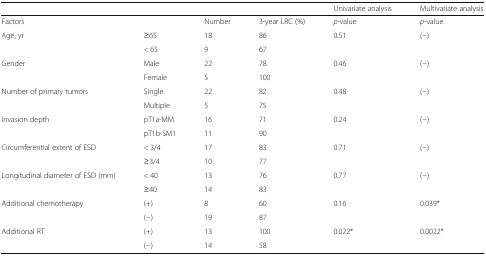
<table><thead><tr><td></td><td></td><td></td><td></td><td><b>Univariate analysis</b></td><td><b>Multivariate analysis</b></td></tr></thead><tbody><tr><td>Factors</td><td></td><td>Number</td><td>3-year LRC (%)</td><td><i>p-</i>value</td><td><i>p-</i>value</td></tr><tr><td rowspan="2">Age, yr</td><td>≥65</td><td>18</td><td>86</td><td>0.51</td><td>(−)</td></tr><tr><td>&lt; 65</td><td>9</td><td>67</td><td></td><td></td></tr><tr><td rowspan="2">Gender</td><td>Male</td><td>22</td><td>78</td><td>0.46</td><td>(−)</td></tr><tr><td>Female</td><td>5</td><td>100</td><td></td><td></td></tr><tr><td rowspan="2">Number of primary tumors</td><td>Single</td><td>22</td><td>82</td><td>0.48</td><td>(−)</td></tr><tr><td>Multiple</td><td>5</td><td>75</td><td></td><td></td></tr><tr><td rowspan="2">Invasion depth</td><td>pT1a-MM</td><td>16</td><td>71</td><td>0.24</td><td>(−)</td></tr><tr><td>pT1b-SM1</td><td>11</td><td>90</td><td></td><td></td></tr><tr><td rowspan="2">Circumferential extent of ESD</td><td>&lt; 3/4</td><td>17</td><td>83</td><td>0.71</td><td>(−)</td></tr><tr><td>≥3/4</td><td>10</td><td>77</td><td></td><td></td></tr><tr><td rowspan="2">Longitudinal diameter of ESD (mm)</td><td>&lt; 40</td><td>13</td><td>76</td><td>0.77</td><td>(−)</td></tr><tr><td>≥40</td><td>14</td><td>83</td><td></td><td></td></tr><tr><td rowspan="2">Additional chemotherapy</td><td>(+)</td><td>8</td><td>60</td><td>0.16</td><td>0.039*</td></tr><tr><td>(−)</td><td>19</td><td>87</td><td></td><td></td></tr><tr><td rowspan="2">Additional RT</td><td>(+)</td><td>13</td><td>100</td><td>0.022*</td><td>0.0022*</td></tr><tr><td>(−)</td><td>14</td><td>58</td><td></td><td></td></tr></tbody></table>